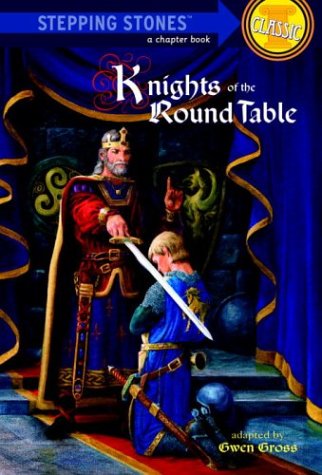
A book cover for Knights of the Round Table (A Stepping Stone Book); Gwen Gross; Children's Books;